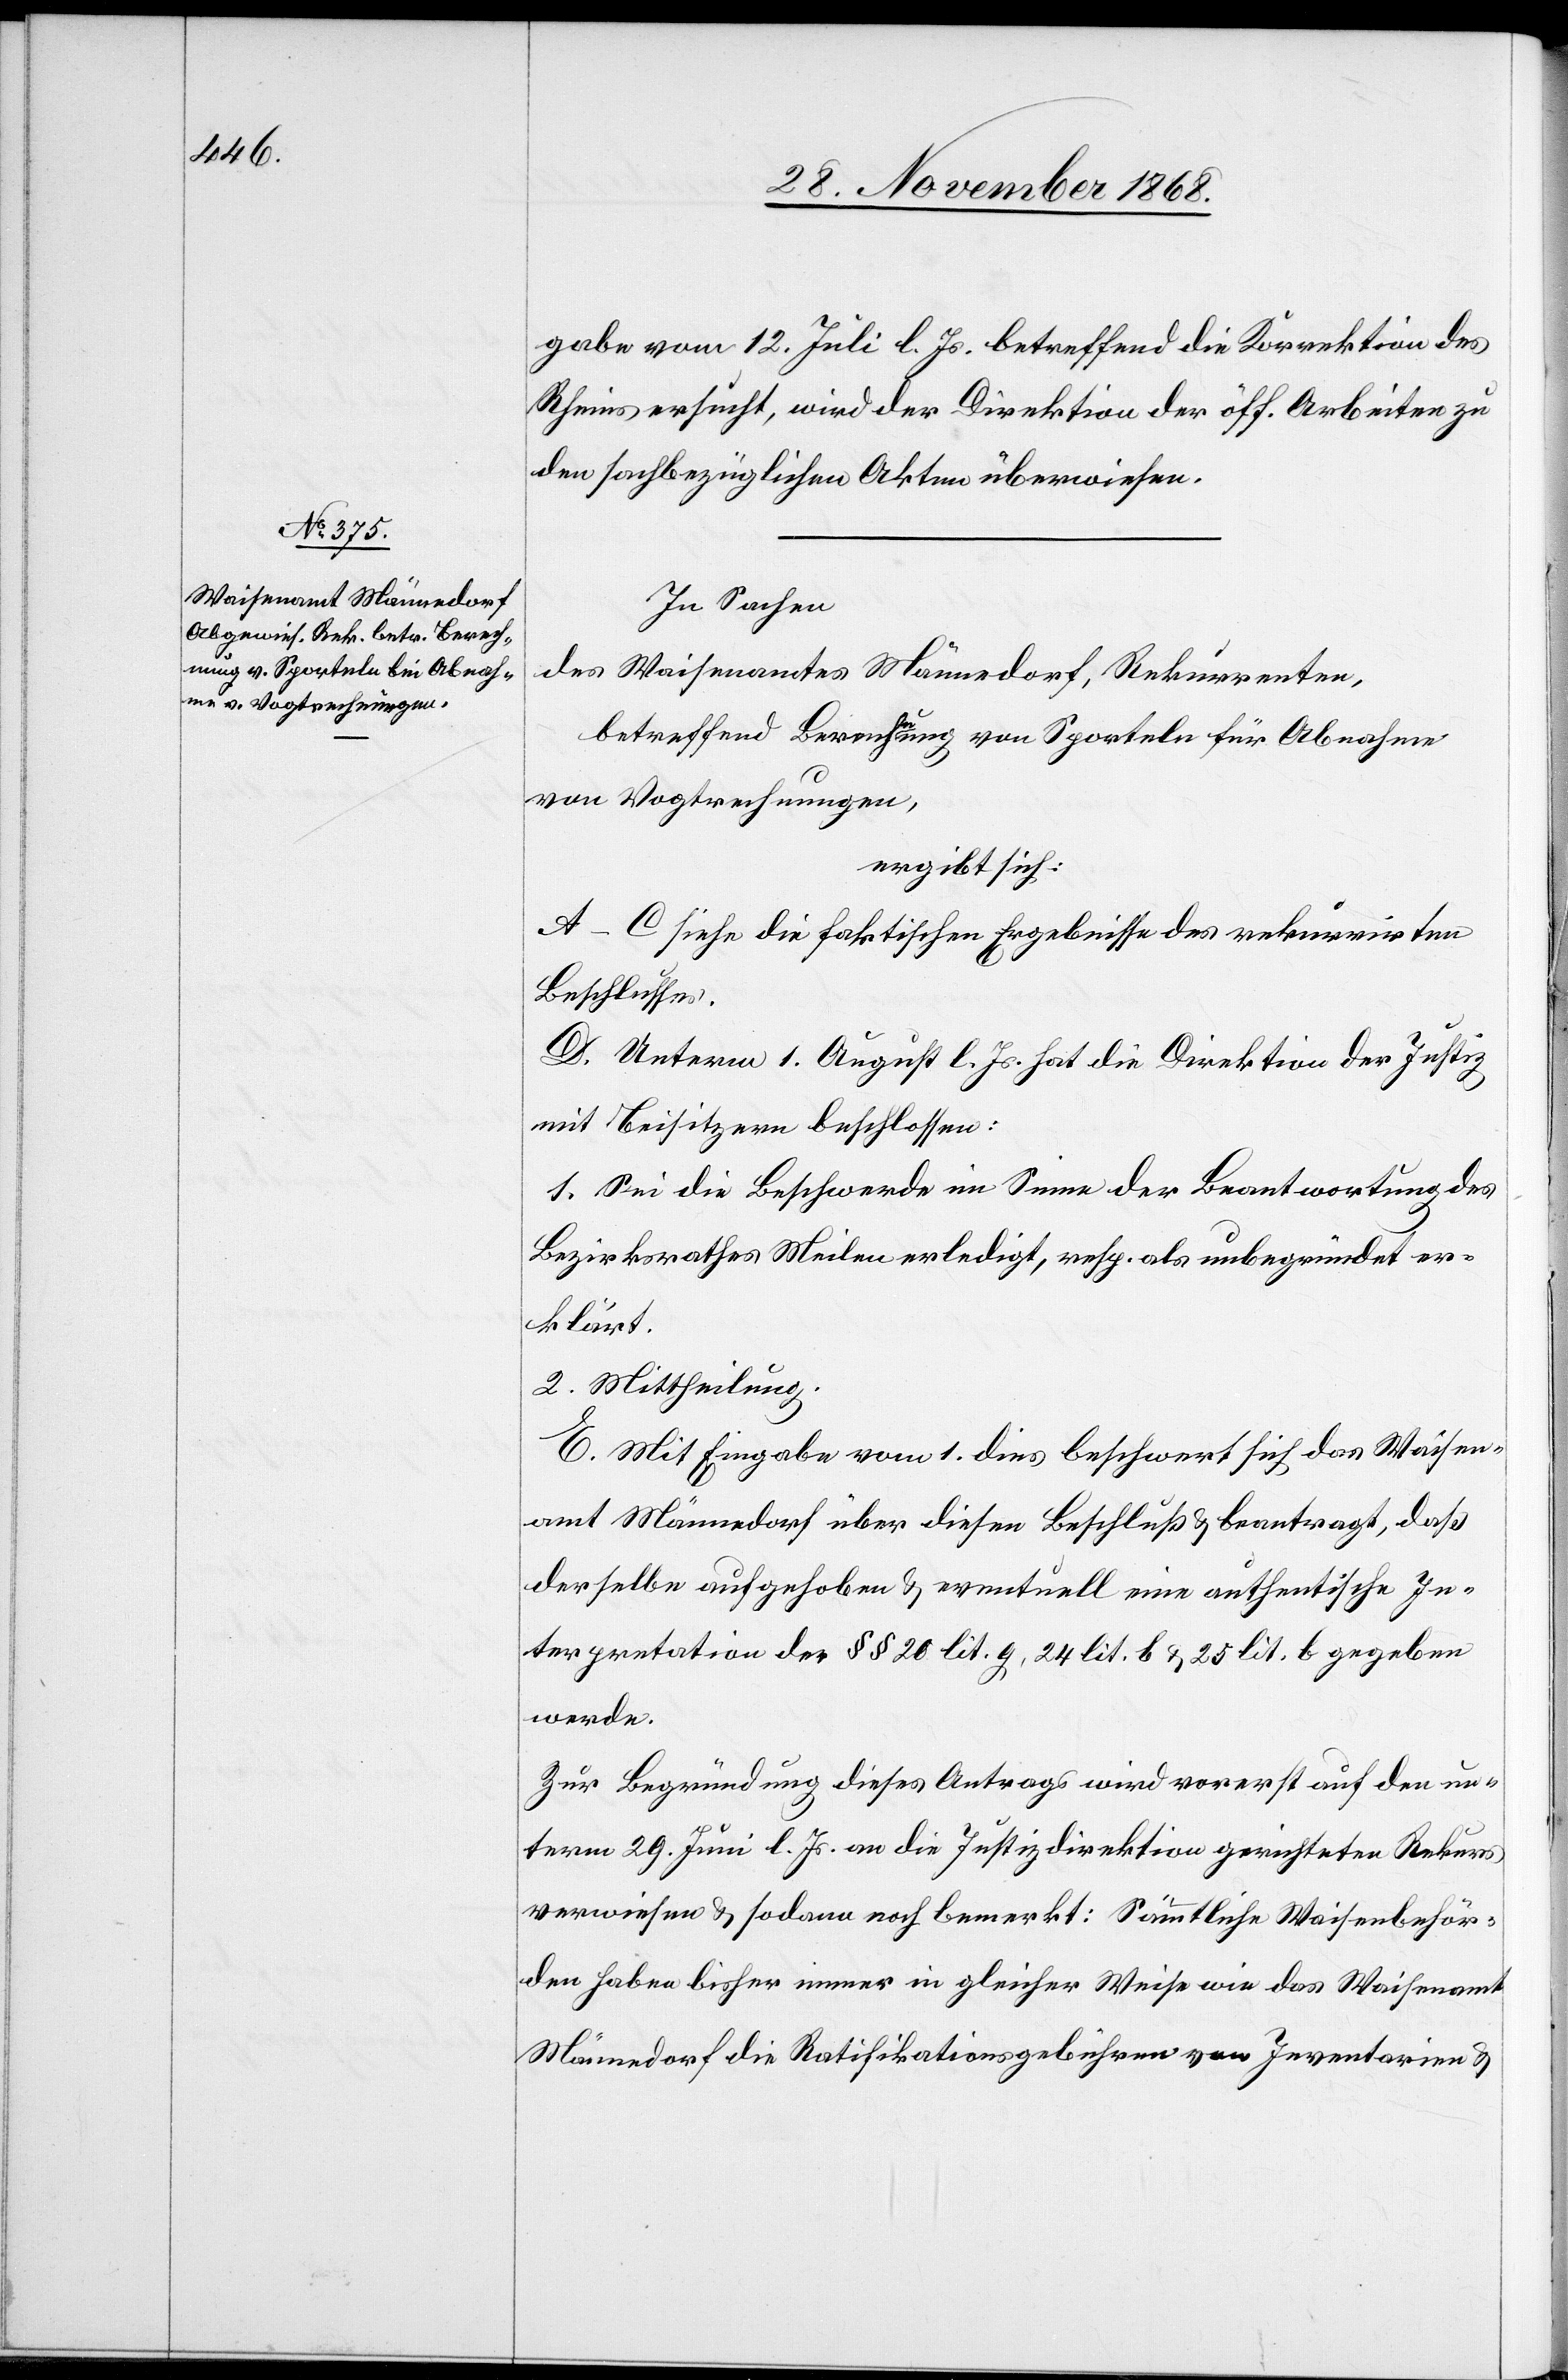
gabe vom 12. Juli l. Js. betreffend die Korrektion des
Rheins ersucht, wird der Direktion der öff. Arbeiten zu
den sachbezüglichen Akten überwiesen.
In Sachen
des Waisenamtes Männedorf, Rekurrenten,
betreffend Berechnung von Sporteln für Abnahme
von Vogtrechnungen,
ergibt sich:
A–C siehe die faktischen Ergebnisse des rekurrirten
Beschlusses.
D. Unterm 1. August l. Js. hat die Direktion der Justiz
mit Beisitzern beschlossen:
1. Sei die Beschwerde im Sinne der Beantwortung des
Bezirksrathes Meilen erledigt, resp. als unbegründet er¬
klärt.
2. Mittheilung.
E. Mit Eingabe vom 1. dies beschwert sich das Waisen¬
amt Männedorf über diesen Beschluß & beantragt, daß
derselbe aufgehoben & eventuell eine authentische In¬
terpretation der §§ 20 lit. g, 24 lit. b & 25 lit. b gegeben
werde.
Zur Begründung dieses Antrags wird vorerst auf den un¬
term 29. Juni l. Js. an die Justizdirektion gerichteten Rekurs
verwiesen & sodann noch bemerkt: Sämmtliche Waisenbehör¬
den haben bisher immer in gleicher Weise wie das Waisenamt
Männedorf die Ratifikationsgebühren von Inventarien &